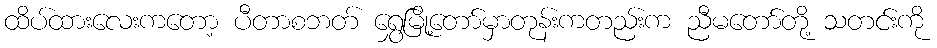
ထိပ်ထားလေးကတော့ ပီတာစဘတ် ရွှေမြို့တော်မှာတုန်းကတည်းက ညီမတော်တို့ သတင်းကို